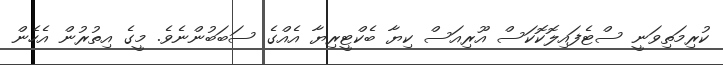
ކުރިމަތިވަނީ ސްޓެފައިލޮކޮކަސް އޫރިއަސް ކިޔާ ބެކްޓީރިޔާ އެއްގެ ސަބަބުންނެވެ. މީގެ އިތުރުން އެހެން